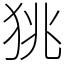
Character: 狣